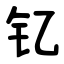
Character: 钇